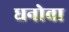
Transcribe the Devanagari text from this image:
धनोवा